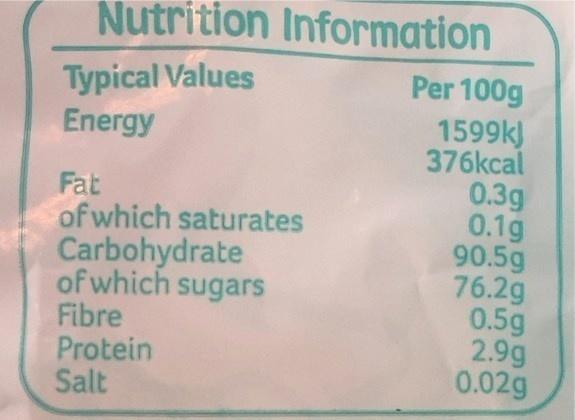
Nutrition Information
Typical Values
Energy
Fat
of which saturates Carbohydrate of which sugars
Fibre Protein
Salt
Per 100g
1599k)
376kcal
0.3g
0.1g
90.5g
76.2g
0.5g
2.9g
0.02g